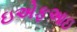
ઇએફઆઇ